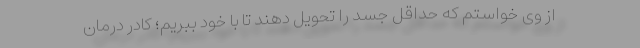
از وی خواستم که حداقل جسد را تحویل دهند تا با خود ببریم؛ کادر درمان